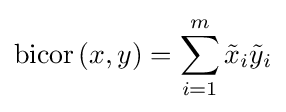
\mathrm {bicor} \left(x,y\right)=\sum _{i=1}^{m}{\tilde {x}}_{i}{\tilde {y}}_{i}